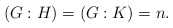
\begin{align*}(G:H) = (G:K) = n.\end{align*}